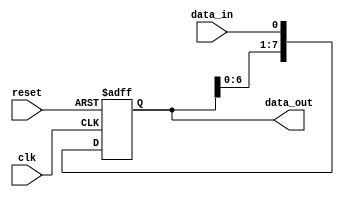
module serial_in_parallel_out_register(
    input wire clk,            // clock signal
    input wire reset,          // reset signal
    input wire data_in,        // data input line
    output reg [7:0] data_out  // parallel output lines
);

reg [7:0] reg_data;

always @(posedge clk or posedge reset) begin
    if (reset) begin
        reg_data <= 8'b0;      // reset register data
    end else begin
        reg_data <= {reg_data[6:0], data_in};  // shift in new data
    end
end

assign data_out = reg_data;

endmodule